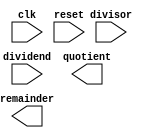
module non_restoring_divider (
    input wire clk,
    input wire reset,
    input wire [31:0] dividend,
    input wire [31:0] divisor,
    output reg [31:0] quotient,
    output reg [31:0] remainder
);

reg [31:0] a, b, q, r, q_next, r_next;
reg [3:0] count;
reg ready;

always @(posedge clk or posedge reset) begin
    if (reset) begin
        a <= 32'b0;
        b <= 32'b0;
        q <= 32'b0;
        r <= 32'b0;
        count <= 4'b0;
        ready <= 1'b0;
    end else begin
        if (ready) begin
            q <= q_next;
            r <= r_next;
            case(count)
                4'b0000: begin // Initialize
                    a <= dividend;
                    b <= divisor;
                    q_next <= 32'b0;
                    r_next <= 32'b0;
                    count <= count + 1;
                end
                4'b0001, 4'b0010, 4'b0011: begin // Subtract
                    if (a >= 0) begin
                        a <= a - b;
                        q_next <= q_next << 1;
                        q_next[0] <= 1'b0;
                    end else begin
                        a <= a + b;
                        q_next <= q_next << 1;
                        q_next[0] <= 1'b1;
                    end
                    count <= count + 1;
                end
                4'b0100: begin // Final update
                    q_next <= q_next << 1;
                    q <= q_next;
                    r_next <= a;
                    r <= r_next;
                    count <= count + 1;
                end
                default: begin
                    ready <= 1'b1;
                end
            endcase
        end
    end
end

endmodule